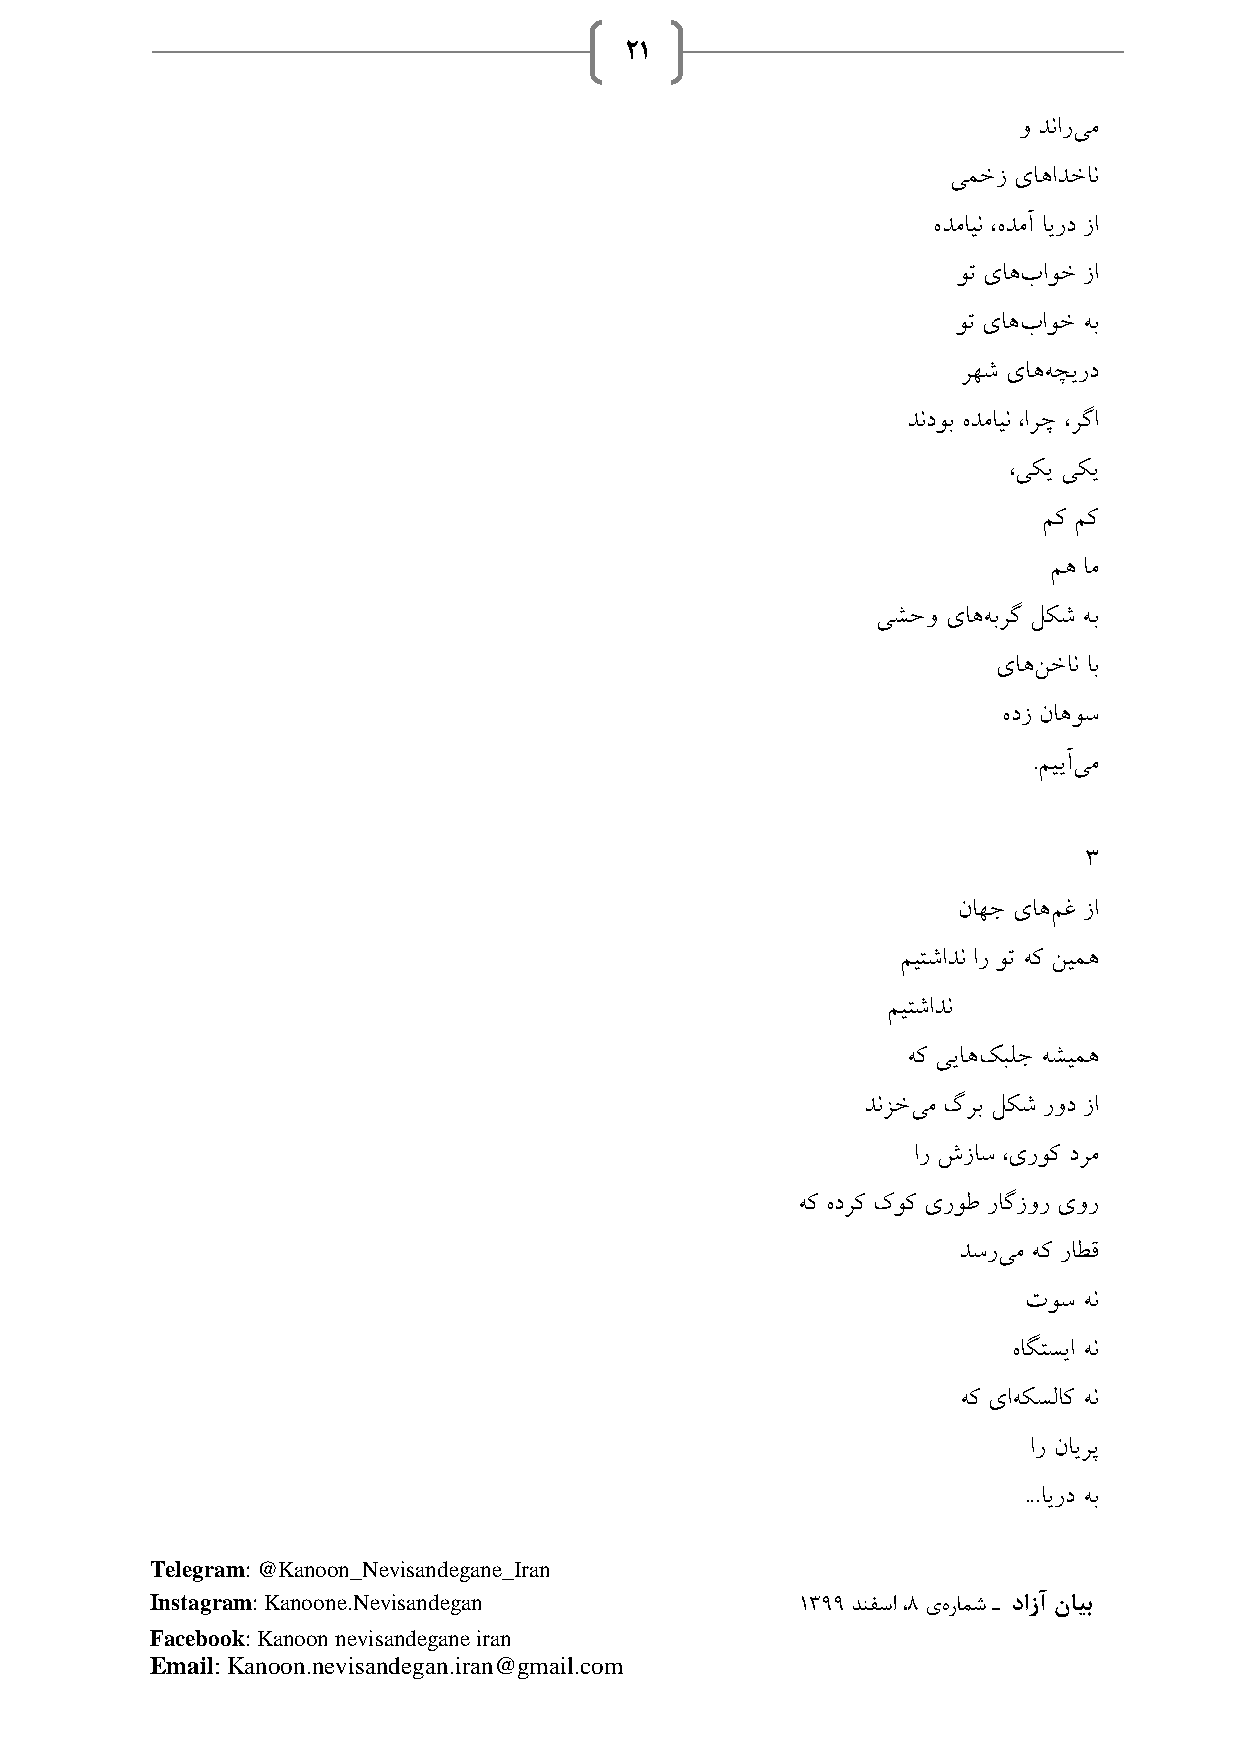
21
 و دناریم
 یمخز یاهادخان
 هدماین ،هدمآ ایرد زا
 وت یاهباوخ زا
 وت یاهباوخ هب
 رهش یاههچیرد
 دندوب هدماین ،ارچ ،رگا
 ،یکی یکی
 مک مک
 مه ام
 یشحو یاههبرگ لکش هب
 یاهنخان اب
 هدز ناهوس
 .مییآیم
 3
 ناهج یاهمغ زا
 میتشادن ار وت هک نیمه
 میتشادن
 هک ییاهکبلج هشیمه
 دنزخیم گرب لکش رود زا
 ار شزاس ،یروک درم
 هک هدرک کوک یروط راگزور یور
 دسریم هک راطق
 توس هن
 هاگتسیا هن
 هک یاهکسلاک هن
 ار نایرپ
 ...ایرد هب
 Telegram: @Kanoon_Nevisandegane_Iran
 Instagram: Kanoone.Nevisandegan            1399 دنفسا ،8 یهرامش ـ دازآ نایب
 Facebook: Kanoon nevisandegane iran
 Email: Kanoon.nevisandegan.iran@gmail.com